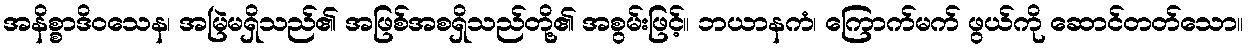
အနိစ္စာဒိဝသေန၊ အမြဲမရှိသည်၏ အဖြစ်အစရှိသည်တို့၏ အစွမ်းဖြင့်။ ဘယာနကံ၊ ကြောက်မက် ဖွယ်ကို ဆောင်တတ်သော။